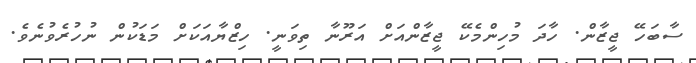
ސާބަހޭ ޖީޒާން. ހާދަ މުހިންމެކޭ ޖީޒާންއަށް އަރޫނާ ތިވަނީ. ހިޒްޔާއަކަށް މަޑަކުން ނުހުރެވުނެވެ.